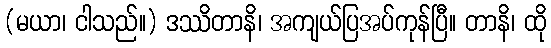
(မယာ၊ ငါသည်။) ဒဿိတာနိ၊ အကျယ်ပြအပ်ကုန်ပြီ။ တာနိ၊ ထို